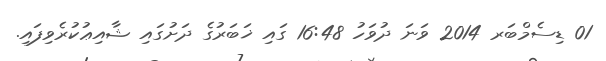
01 ޑިސެމްބަރ 2014 ވަނަ ދުވަހު 16:48 ގައި ޚަބަރުގެ ދަށުގައި ޝާއިޢުކުރެވިފައި.